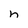
Character: h